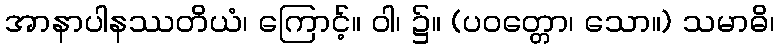
အာနာပါနဿတိယံ၊ ကြောင့်။ ဝါ၊ ၌။ (ပဝတ္တော၊ သော။) သမာဓိ၊